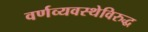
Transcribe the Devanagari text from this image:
वर्णव्यवस्थेविरुद्ध